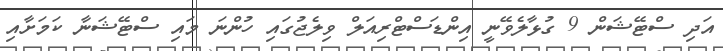
އަދި ސްޓޭޝަން 9 ގުޅާލެވޭނީ އިންޑަސްޓްރިއަލް ވިލެޖުގައި ހުންނަ މައި ސްޓޭޝަނާ ކަމަށާއި